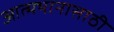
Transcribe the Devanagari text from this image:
आत्मभानासाठी